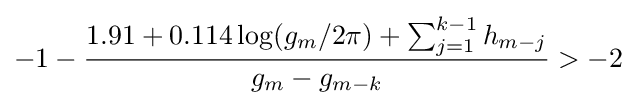
-1-{\frac {1.91+0.114\log(g_{m}/2\pi )+\sum _{j=1}^{k-1}h_{m-j}}{g_{m}-g_{m-k}}}>-2